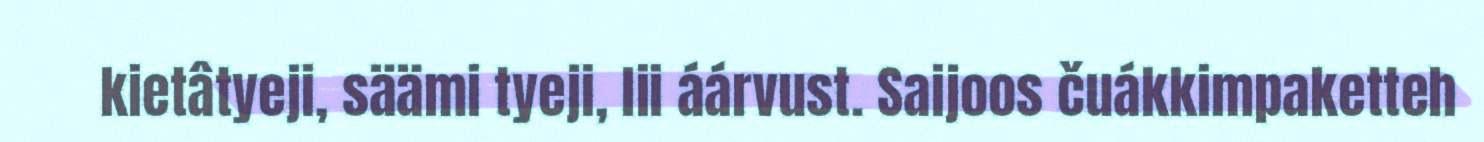
kietâtyeji, säämi tyeji, lii áárvust. Saijoos čuákkimpaketteh